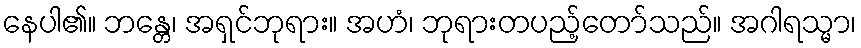
နေပါ၏။ ဘန္တေ၊ အရှင်ဘုရား။ အဟံ၊ ဘုရားတပည့်တော်သည်။ အဂါရသ္မာ၊